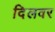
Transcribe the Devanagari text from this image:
दिलवर